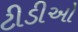
ટીડીઓ